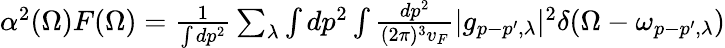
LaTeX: \begin{array}{r}{\alpha^{2}(\Omega)F(\Omega)=\frac{1}{\int{dp^{2}}}\sum_{\lambda}\int dp^{2}\int\frac{dp^{2}}{(2\pi)^{3}v_{F}}|g_{p-p^{\prime},\lambda}|^{2}\delta(\Omega-\omega_{p-p^{\prime},\lambda})}\end{array}